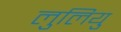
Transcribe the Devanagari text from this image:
लुलियु